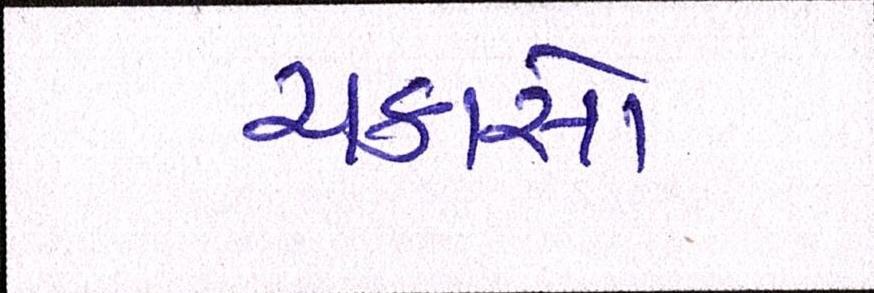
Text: ચકાસો